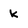
Character: k